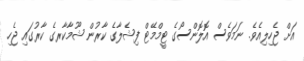
އަށް ޖެހިލިއެވެ. ނަމަވެސް އޮލޮންސޯގެ ޓީމްމޭޓް ފިޝެލާގެ ކާރުން ޝޫމާކާރގެ ކާރުގައި ޖެހި